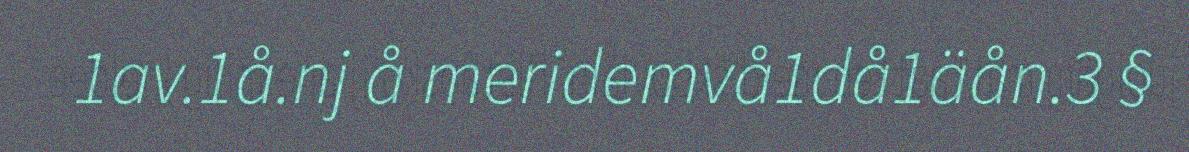
1av.1å.nj å meridemvå1då1äån.3 §